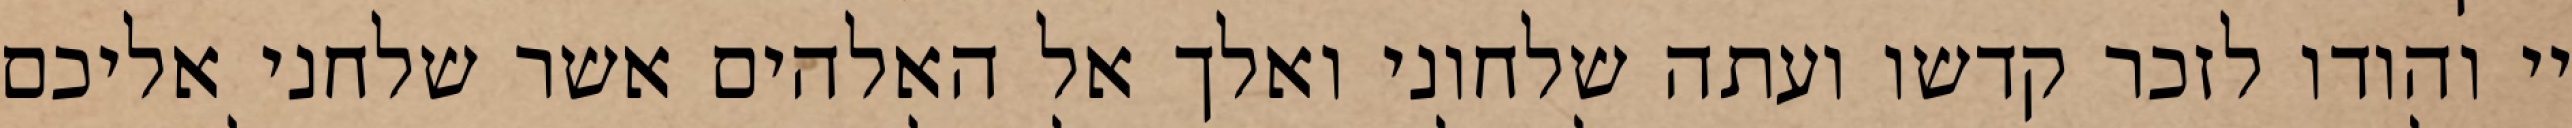
יי והודו לזכר קדשו ועתה שלחוני ואלך אל האלהים אשר שלחני אליכם